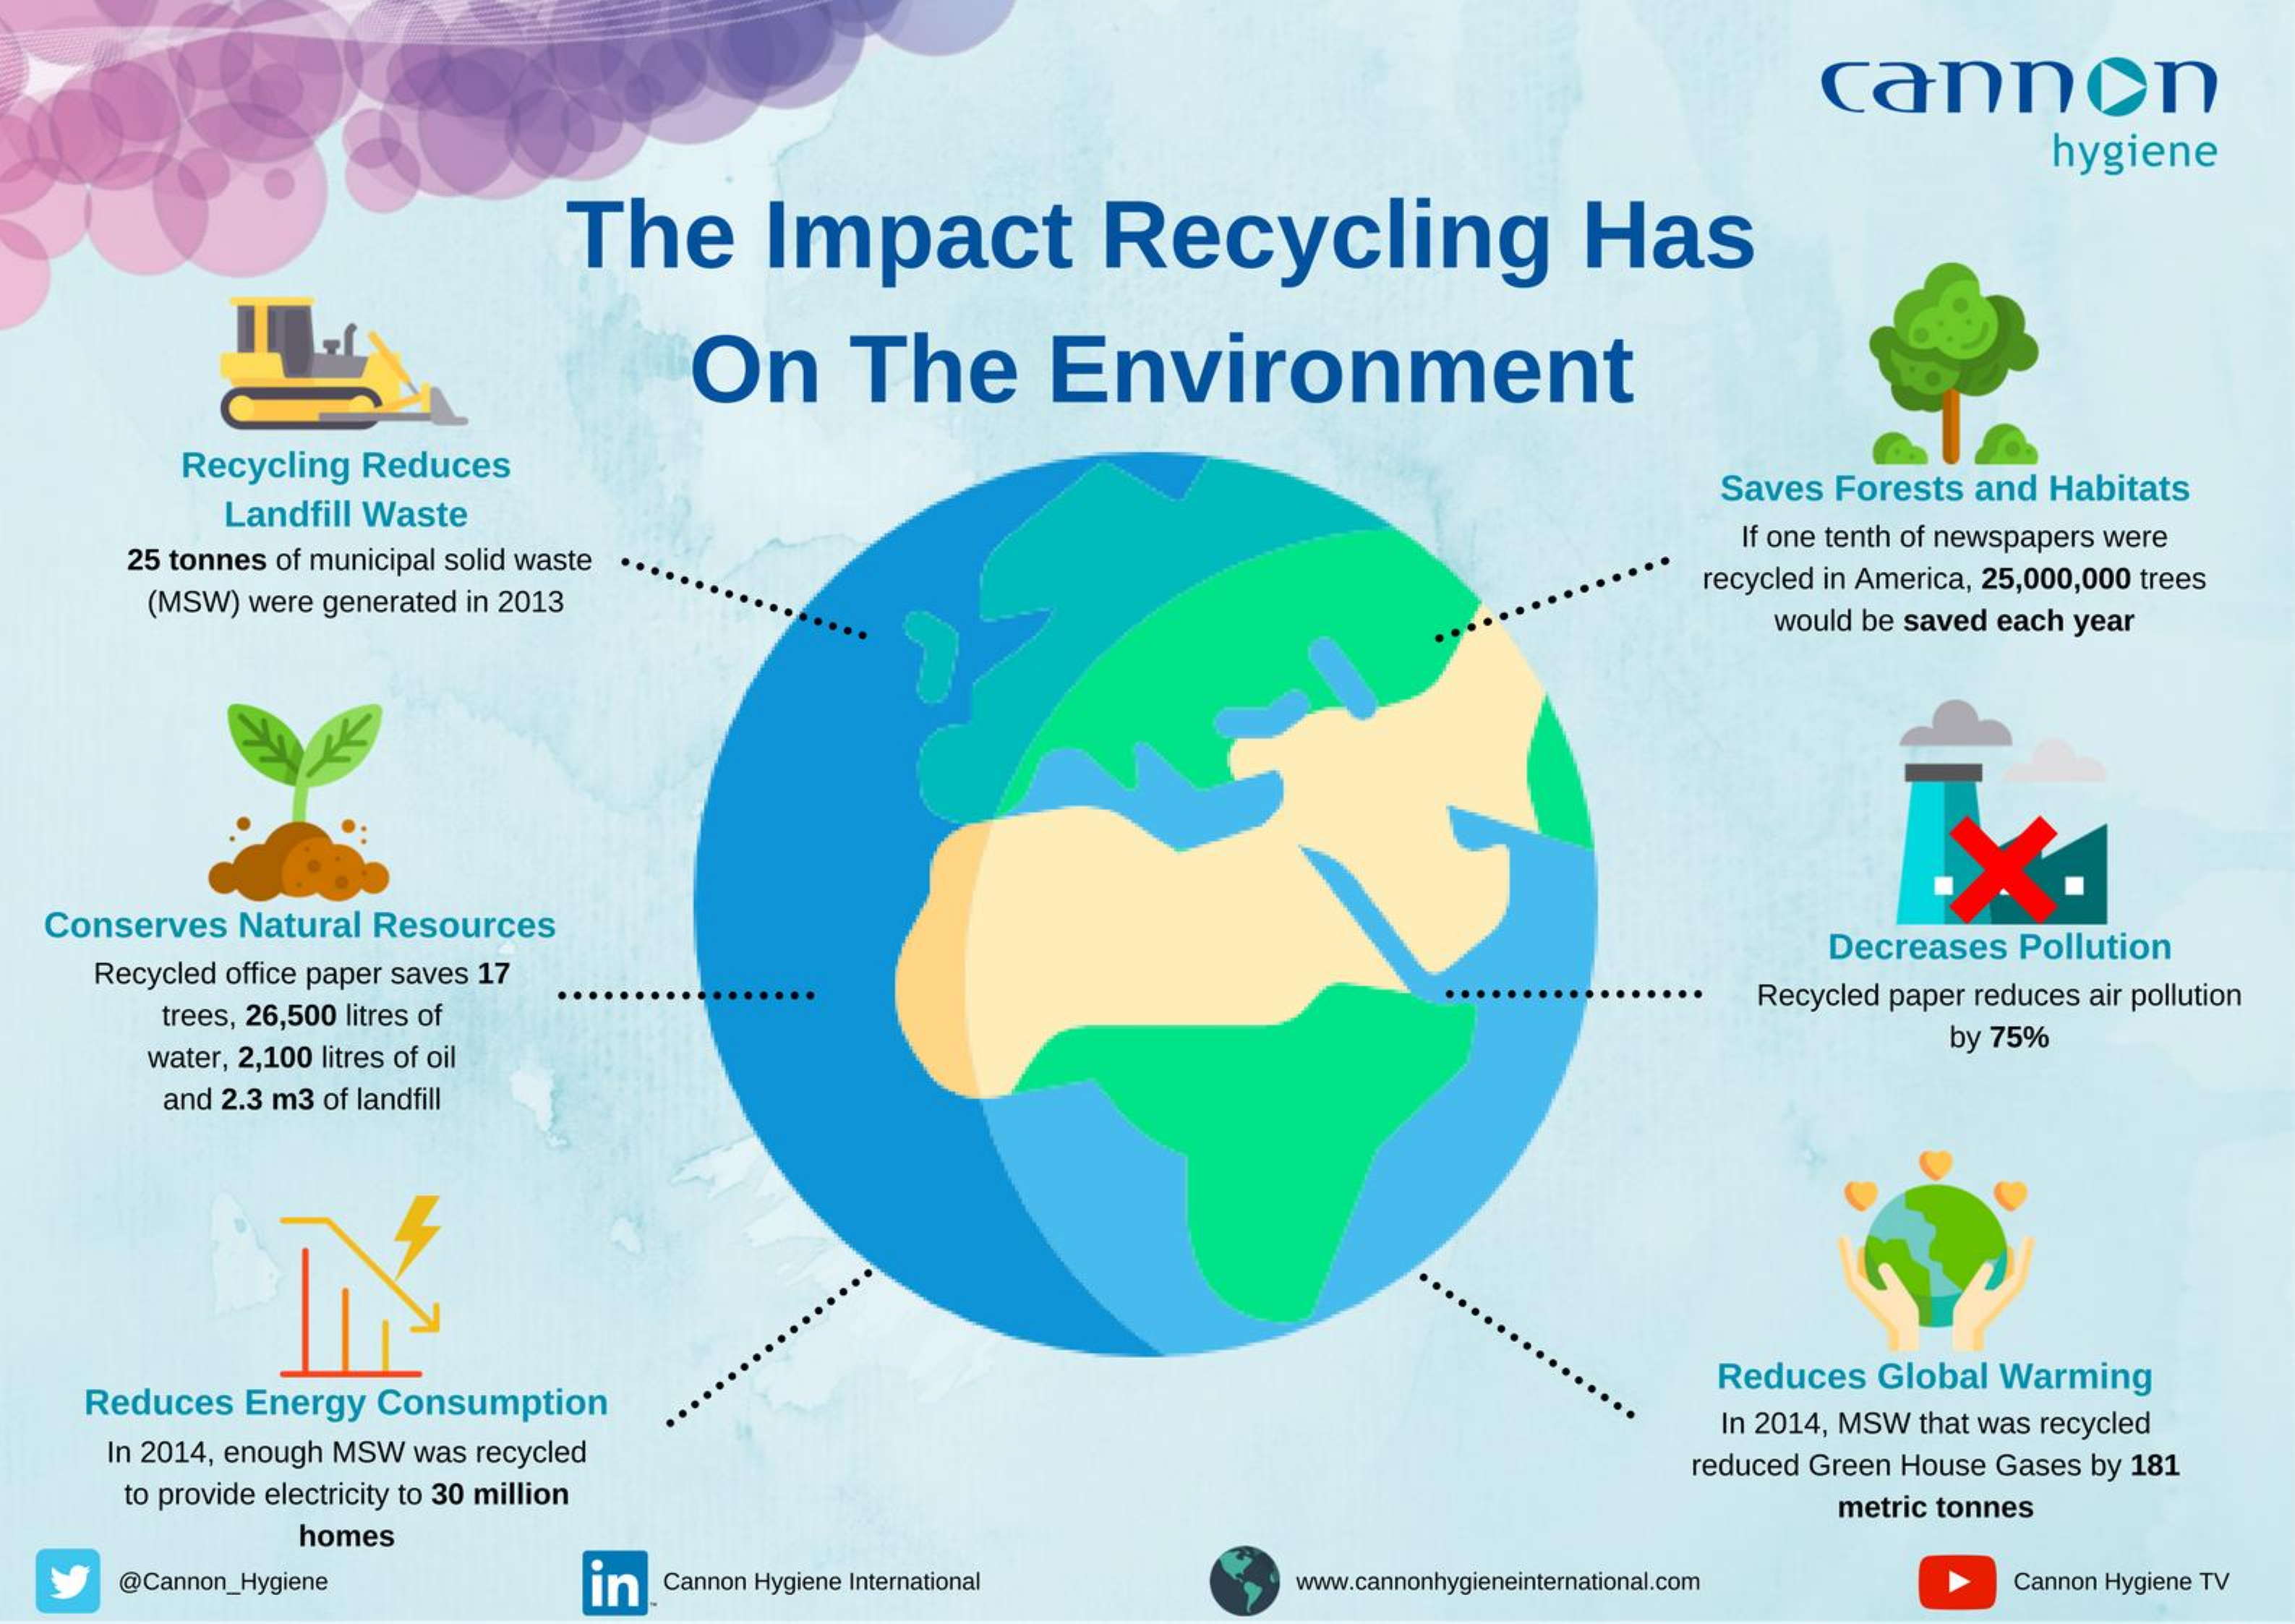
cannon
     hygiene
     The    Impact    Recycling    Has
     On    The    Environment
     Recycling Reduces
     Landfill Waste
     Saves Forests and Habitats
     25 tonnes of municipal solid waste
     If one tenth of newspapers were
     (MSW) were generated in 2013
     recycled in America, 25,000,000 trees
     would be saved each year
  Conserves Natural Resources
     Recycled office paper saves 17
     Decreases Pollution
     trees, 26,500 litres of
     Recycled paper reduces air pollution
     water, 2,100 litres of oil
     by 75%
     and 2.3 m3 of landfill
    Reduces Energy Consumption
     Reduces Global Warming
     In 2014, enough MSW was recycled
     In 2014, MSW that was recycled
     to provide electricity to 30 million
     reduced Green House Gases by 181
     homes
     metric tonnes
     @Cannon_Hygiene    in Cannon Hygiene International www.cannonhygieneinternational.com Cannon Hygiene TV